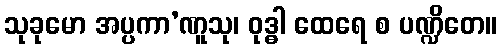
သုခုမော အပ္ပကာ’ဏူသု၊ ဝုဒ္ဓါ ထေရေ စ ပဏ္ဍိတေ။